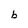
Character: b